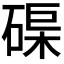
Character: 𥓼